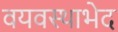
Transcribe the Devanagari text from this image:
वयवस्थाभेद